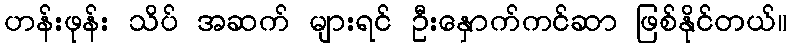
ဟန်းဖုန်း သိပ် အဆက် များရင် ဦးနှောက်ကင်ဆာ ဖြစ်နိုင်တယ်။